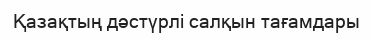
Қазақтың дәстүрлі салқын тағамдары